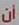
أن